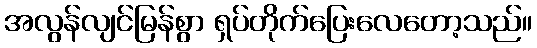
အလွန်လျင်မြန်စွာ ရှပ်တိုက်ပြေးလေတော့သည်။